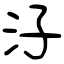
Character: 汓